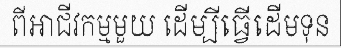
ពីអាជីវកម្មមួយ ដើម្បីធ្វើដើមទុន